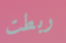
ربطت